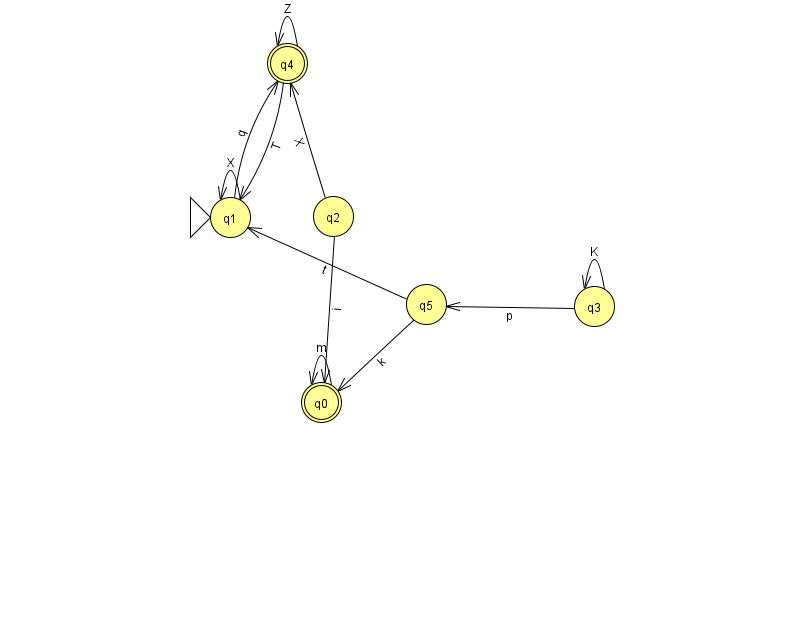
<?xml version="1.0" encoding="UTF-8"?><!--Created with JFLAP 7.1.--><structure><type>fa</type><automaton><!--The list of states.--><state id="0" name="q0"><x>321.0</x><y>389.0</y><final/></state><state id="1" name="q1"><x>230.0</x><y>204.0</y><initial/></state><state id="2" name="q2"><x>333.0</x><y>203.0</y></state><state id="3" name="q3"><x>594.0</x><y>293.0</y></state><state id="4" name="q4"><x>287.0</x><y>50.0</y><final/></state><state id="5" name="q5"><x>426.0</x><y>291.0</y></state><!--The list of transitions.--><transition><from>2</from><to>0</to><read>i</read></transition><transition><from>1</from><to>4</to><read>q</read></transition><transition><from>4</from><to>1</to><read>T</read></transition><transition><from>1</from><to>1</to><read>X</read></transition><transition><from>2</from><to>4</to><read>X</read></transition><transition><from>4</from><to>4</to><read>Z</read></transition><transition><from>5</from><to>0</to><read>k</read></transition><transition><from>3</from><to>3</to><read>K</read></transition><transition><from>0</from><to>0</to><read>m</read></transition><transition><from>3</from><to>5</to><read>p</read></transition><transition><from>5</from><to>1</to><read>t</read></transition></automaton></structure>